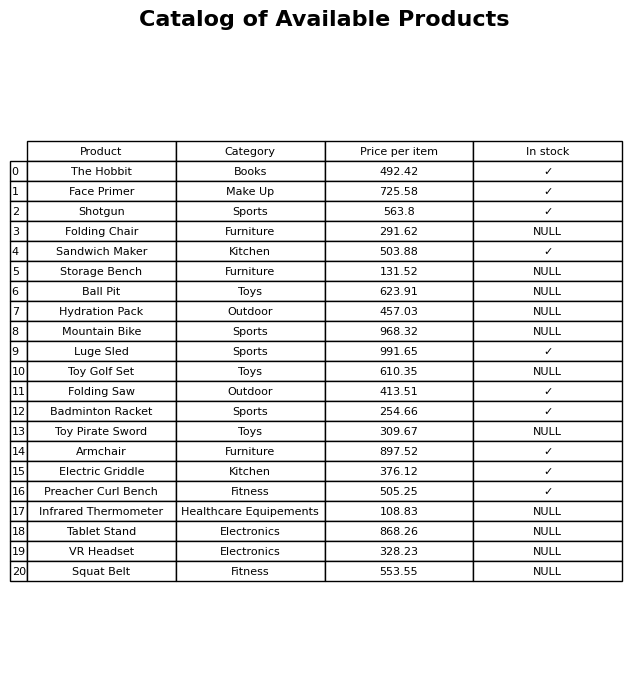
question: What is the price of the Badminton Racket?
answer: The price of Badminton Racket is 254.66.